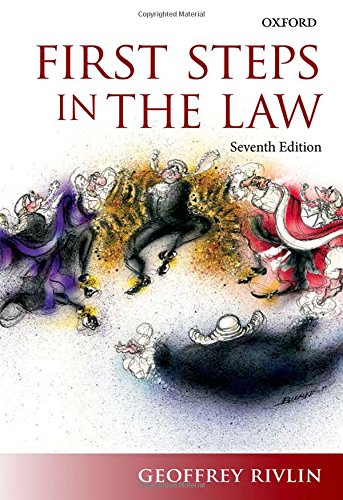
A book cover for First Steps in the Law; Geoffrey Rivlin; Law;